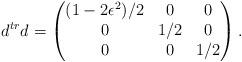
LaTeX: \begin{align*}d^{tr}d=\begin{pmatrix}(1-2\epsilon^2)/2&0&0\\0&1/2&0\\0&0&1/2\end{pmatrix}.\end{align*}